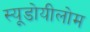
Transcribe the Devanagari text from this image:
स्यूडोयीलोम